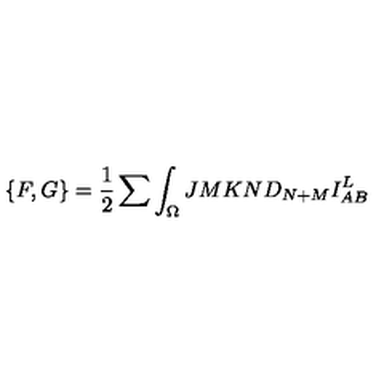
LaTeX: \{ F , G \} = { \frac { 1 } { 2 } } \sum \int _ { \Omega } { \binom { J } { M } } { \binom { K } { N } } D _ { N + M } I _ { A B } ^ { L }